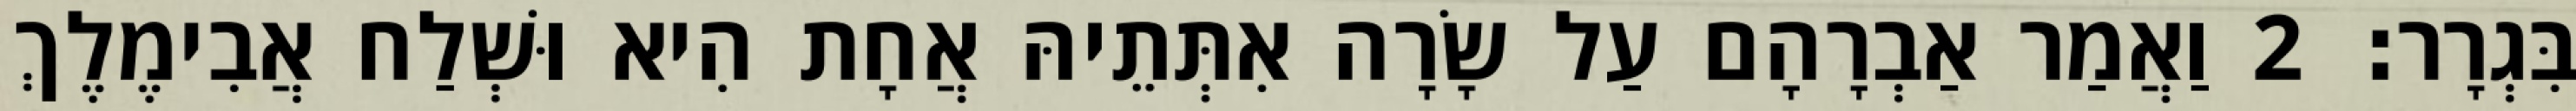
בִּגְרָר׃ 2 וַאֲמַר אַבְרָהָם עַל שָׂרָה אִתְּתֵיהּ אֲחָת הִיא וּשְׁלַח אֲבִימֶלֶךְ